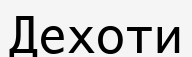
Дехоти